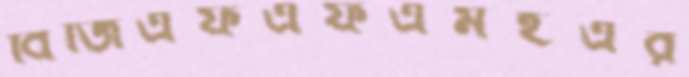
বিজিএফএফএমইএর